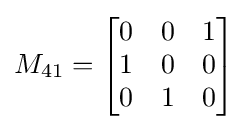
M_{41}={\begin{bmatrix}0&0&1\\1&0&0\\0&1&0\end{bmatrix}}